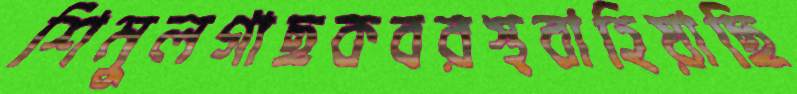
শিমুলগাছকবরস্থবাহিয়াছি